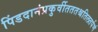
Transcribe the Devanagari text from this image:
पिंडदानंप्रकुर्वीतततश्चतिलतर्पणं